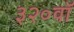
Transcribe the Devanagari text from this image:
३२०वॉ